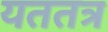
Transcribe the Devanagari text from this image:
यततत्र